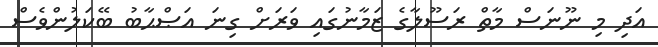
އަދި މި ނޫނަސް މާތް ރަސޫލާގެ ޒަމާނުގައި ވަރަށް ގިނަ އަޞްޙާބު ބޭކަލުންވެސް